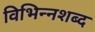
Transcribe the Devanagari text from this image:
विभिन्नशब्द